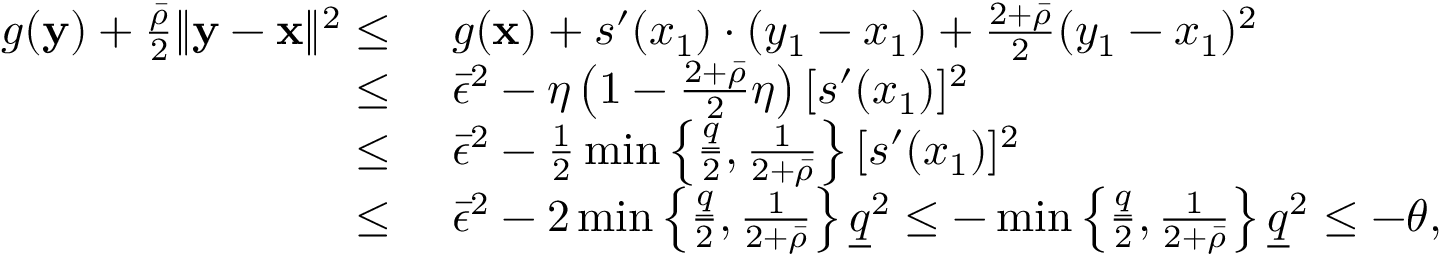
\begin{array} { r l } { g ( { \mathbf y } ) + \frac { \bar { \rho } } { 2 } \| { \mathbf y } - { \mathbf x } \| ^ { 2 } \leq } & { ~ g ( { \mathbf x } ) + s ^ { \prime } ( x _ { 1 } ) \cdot ( y _ { 1 } - x _ { 1 } ) + \frac { 2 + \bar { \rho } } { 2 } ( y _ { 1 } - x _ { 1 } ) ^ { 2 } } \\ { \leq } & { ~ \bar { \epsilon } ^ { 2 } - \eta \left( 1 - \frac { 2 + \bar { \rho } } { 2 } \eta \right) [ s ^ { \prime } ( x _ { 1 } ) ] ^ { 2 } } \\ { \leq } & { ~ \bar { \epsilon } ^ { 2 } - \frac { 1 } { 2 } \operatorname* { m i n } \left\{ \frac { \underline { q } } { 2 } , \frac { 1 } { 2 + \bar { \rho } } \right\} [ s ^ { \prime } ( x _ { 1 } ) ] ^ { 2 } } \\ { \leq } & { ~ \bar { \epsilon } ^ { 2 } - 2 \operatorname* { m i n } \left\{ \frac { \underline { q } } { 2 } , \frac { 1 } { 2 + \bar { \rho } } \right\} \underline { q } ^ { 2 } \leq - \operatorname* { m i n } \left\{ \frac { \underline { q } } { 2 } , \frac { 1 } { 2 + \bar { \rho } } \right\} \underline { q } ^ { 2 } \leq - \theta , } \end{array}